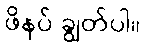
ဖိနပ် ချွတ်ပါ။